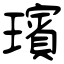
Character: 璸